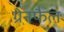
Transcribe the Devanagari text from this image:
ग्रेनफैल